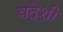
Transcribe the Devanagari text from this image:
वदेशी